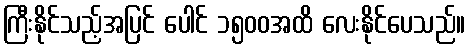
ကြီးနိုင်သည့်အပြင် ပေါင် ၁၅၀၀အထိ လေးနိုင်ပေသည်။